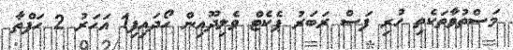
މަސްތުވާތަކެތި ހުރި ފަސް ރަބަރު ޕެކެޓް ވެލިދޫއިން ހޯދައިފި1 އަހަރު 2 ހަފްތާ